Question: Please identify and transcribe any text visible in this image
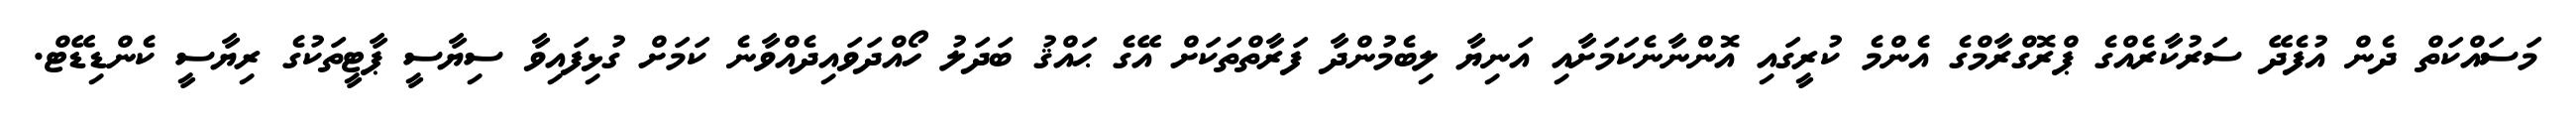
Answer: މަސައްކަތް ދެން އުފެދޭ ސަރުކާރެއްގެ ޕްރޮގްރާމްގެ އެންމެ ކުރީގައި އޮންނާނެކަމަށާއި އަނިޔާ ލިބެމުންދާ ފަރާތްތަކަށް އޭގެ ޙައްޤު ބަދަލު ހޯއްދަވައިދެއްވާނެ ކަމަށް ގުޅިފައިވާ ސިޔާސީ ޕާޓީތަކުގެ ރިޔާސީ ކެންޑިޑޭޓް.